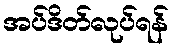
အပ်ဒိတ်လုပ်ရန်